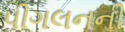
પીગલનની